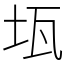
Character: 𤬪